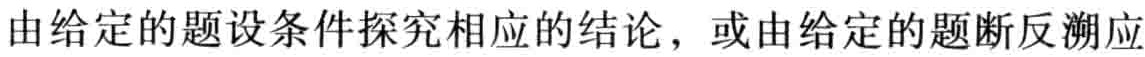
由给定的题设条件探究相应的结论，或由给定的题断反溯应